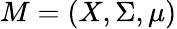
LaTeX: M=(X,\Sigma,\mu)